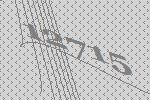
12715